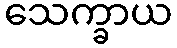
သေက္ခာယ